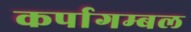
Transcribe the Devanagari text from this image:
कर्पागम्बल